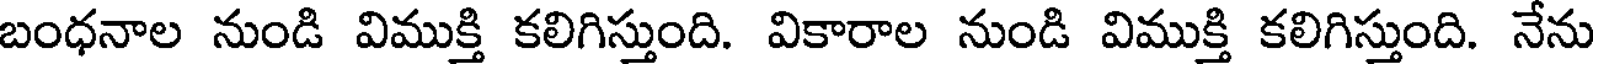
బంధనాల నుండి విముక్తి కలిగిస్తుంది. వికారాల నుండి విముక్తి కలిగిస్తుంది. నేను